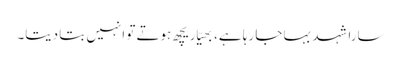
سارا شہد بہا جا رہا ہے، بھیّا ریچھ ہوتے تو انہیں بتا دیتا۔